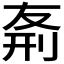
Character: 𠝊